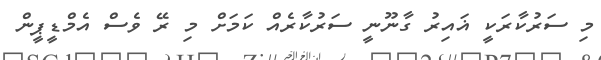
މި ސަރުކާރަކީ ޣައިރު ގާނޫނީ ސަރުކާރެއް ކަމަށް މި ރޭ ވެސް އެމްޑީޕީން